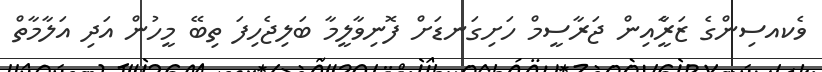
ވެކއސިންގެ ޒަރީެާއިން ޖަރާސީމް ހަށިގަނޑަށް ފޮނިވާލީމާ ބަލިޖެހިފަ ތިބޭ މީހުން އަދި އަލާމާތް